342_HS1-416511228_319.1 Flying Discs 1949
Agency: Department of War
Incident date: 1/9/50
Page 48
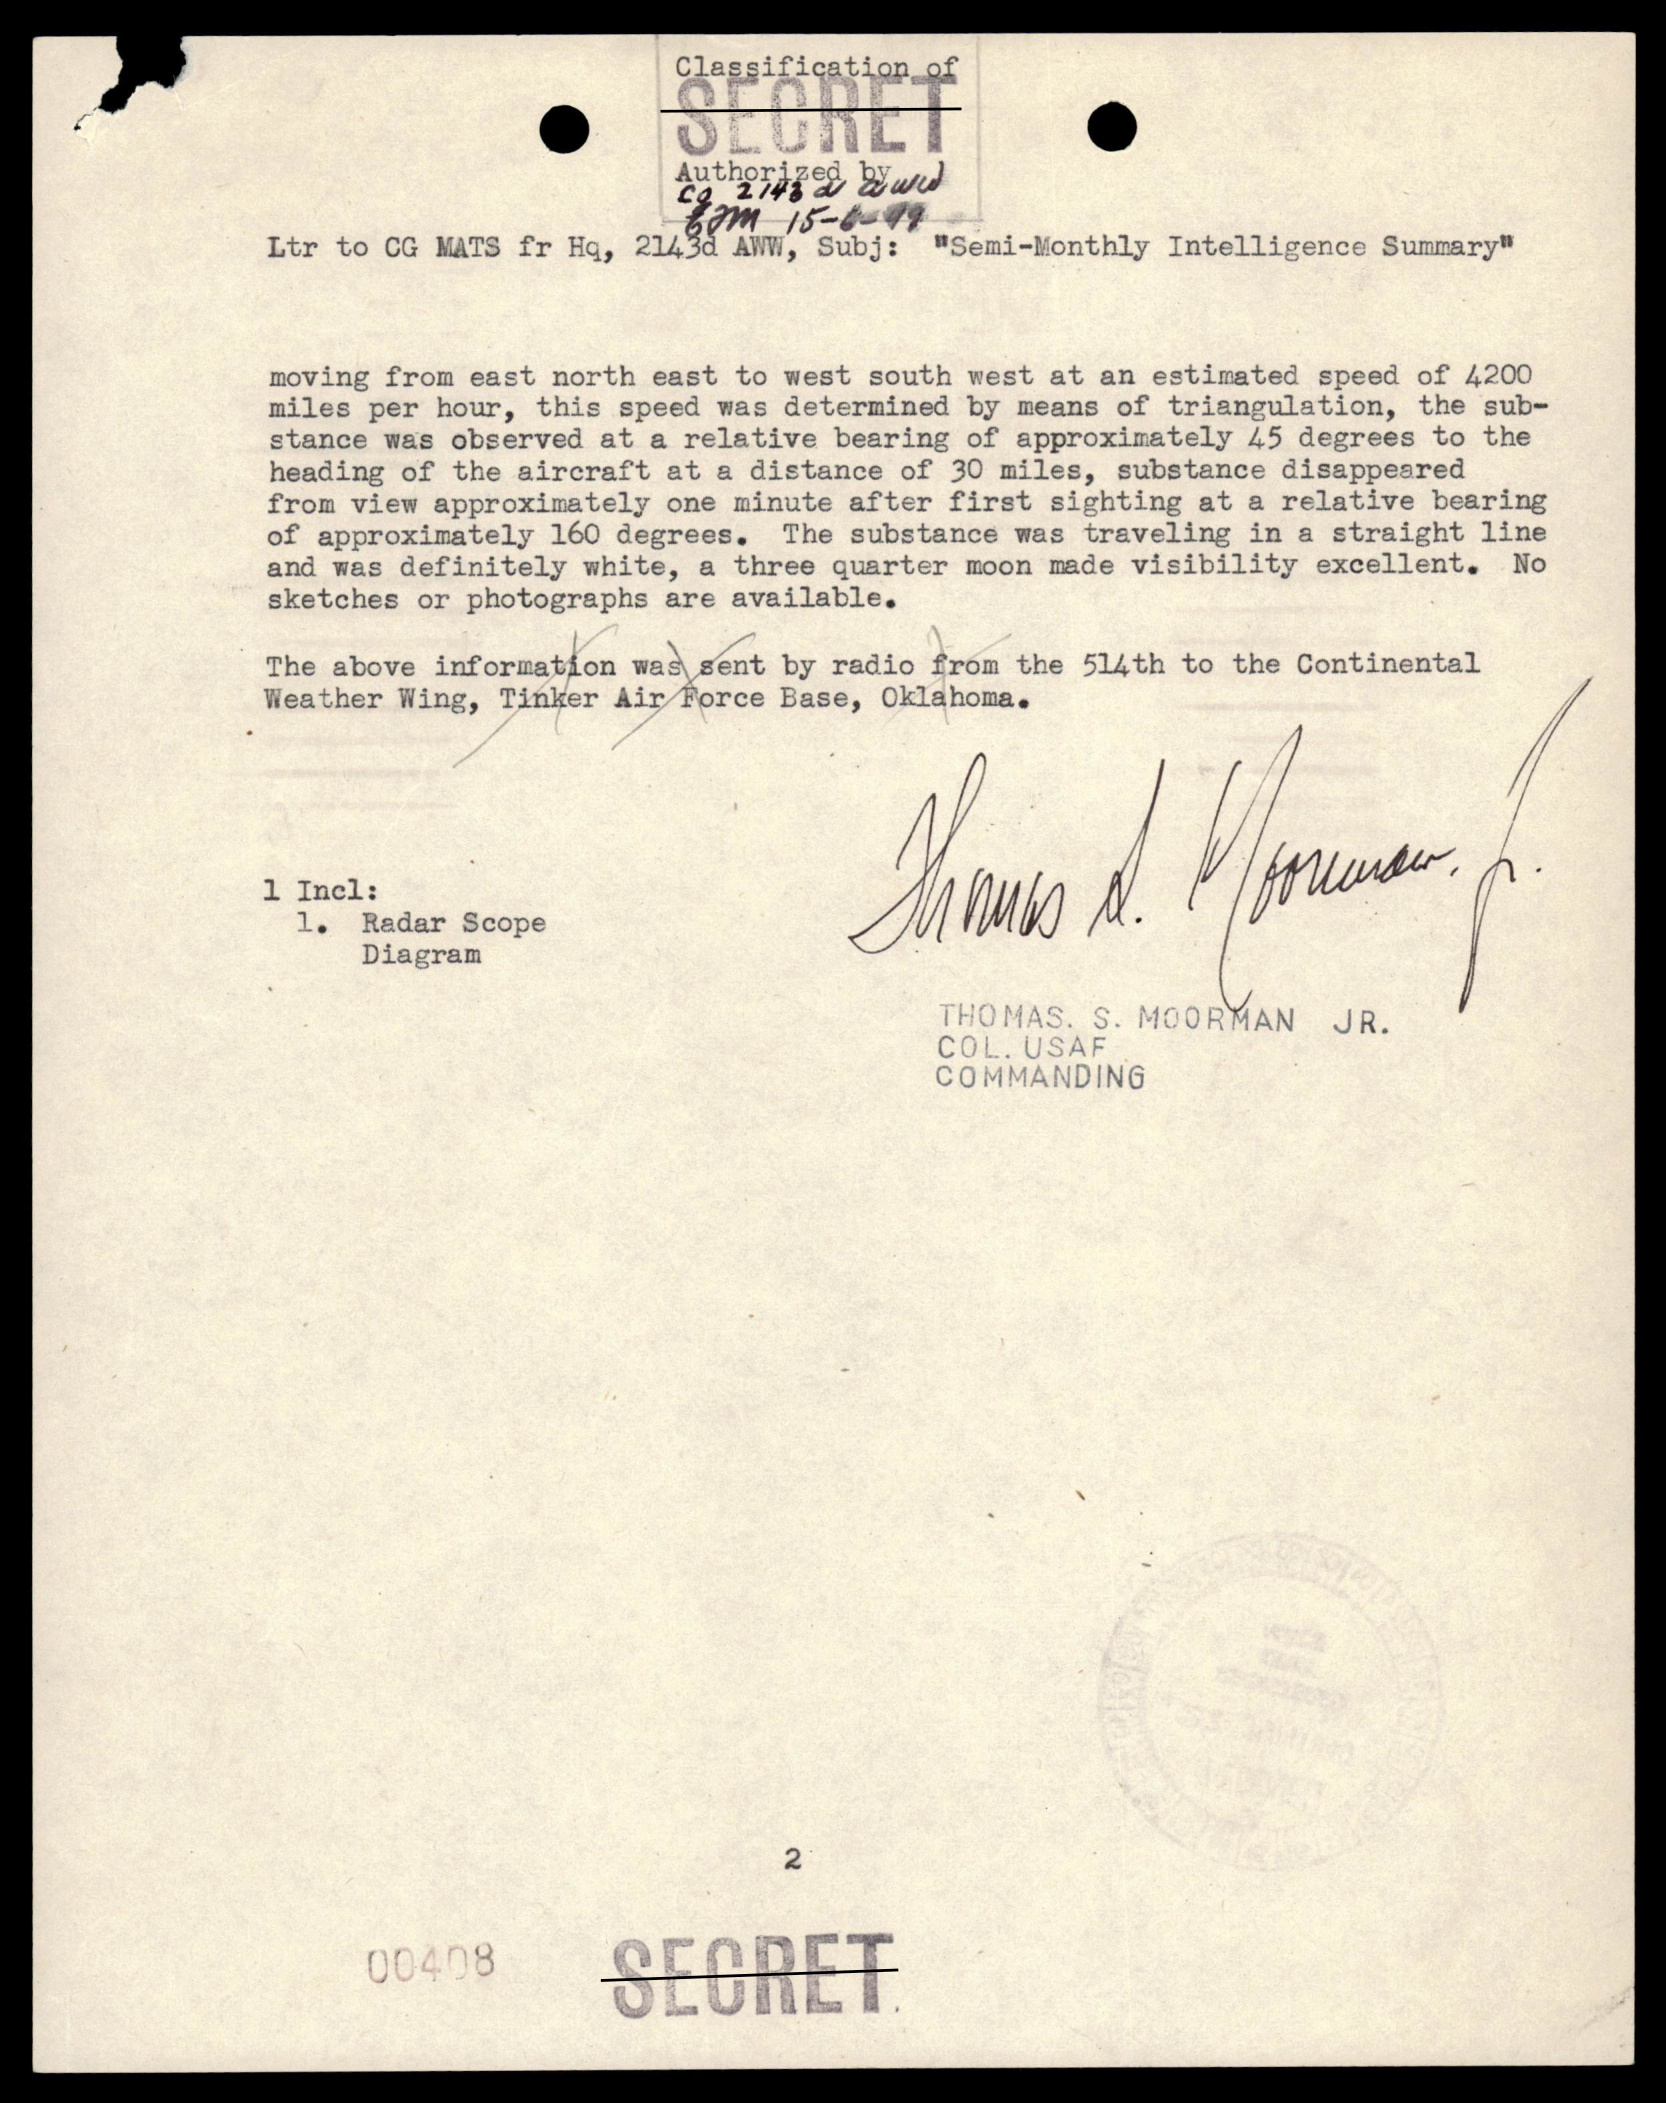